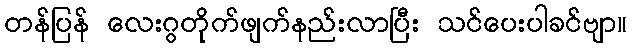
တန်ပြန် လေးဂွတိုက်ဖျက်နည်းလာပြီး သင်ပေးပါခင်ဗျာ။